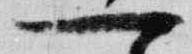
一